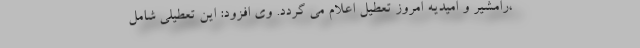
،رامشیر و امیدیه امروز تعطیل اعلام می گردد. وی افزود: این تعطیلی شامل